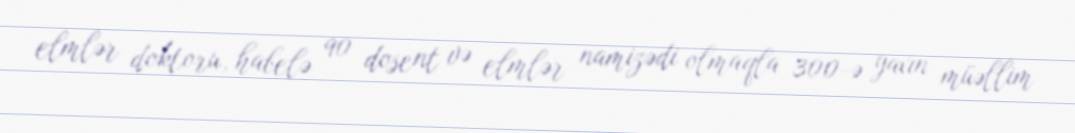
elmlər doktoru, habelə 90 dosent və elmlər namizədi olmaqla 300-ə yaxın müəllim